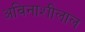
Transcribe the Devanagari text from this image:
अविनाशीलाल